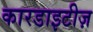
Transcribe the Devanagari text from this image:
कारडाइटीज़